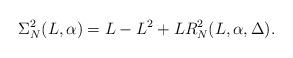
LaTeX: \begin{align*} \Sigma_N^2(L,\alpha)=L-L^2+LR_N^2(L,\alpha,\Delta).\end{align*}